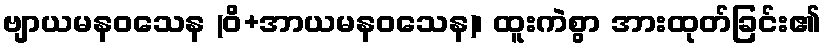
ဗျာယမနဝသေန (ဝိ+အာယမနဝသေန)၊ ထူးကဲစွာ အားထုတ်ခြင်း၏